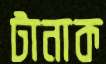
টানাক